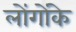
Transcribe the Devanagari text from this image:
लोंगोंके